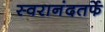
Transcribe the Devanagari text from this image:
स्वरानंदतर्फे